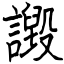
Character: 譭